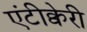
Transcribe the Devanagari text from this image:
एंटीक्वेरी